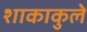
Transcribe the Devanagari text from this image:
शाकाकुले